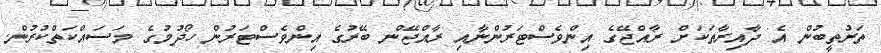
ތަރުތީބުން އެ ދާއިރާތަކަށް ރާއްޖޭގެ އިންވެސްޓަރުންނާއި ރާއްޖޭން ބޭރުގެ އިންވެސްޓަރުން ހޯދުމުގެ މަސައްކަތްކުރުން.